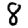
Digit: 8